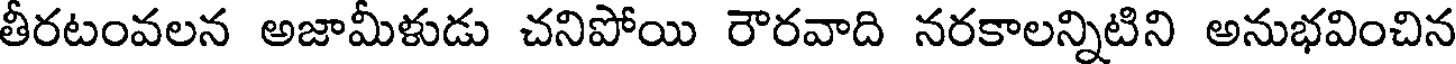
తీరటంవలన అజామీళుడు చనిపోయి రౌరవాది నరకాలన్నిటిని అనుభవించిన